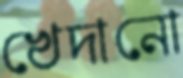
খেদানো